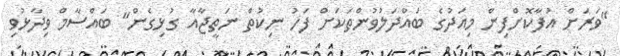
"ވަރަށް އުފާކޮށްފިން މިއަދުގެ ބައްދަލުވުންތަކަށް ފަހު ނިކުތް ނަތީޖާއާ ގުޅިގެން" ބައްސާމް ވިދާޅުވި